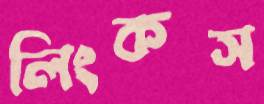
লিংকস